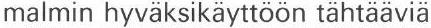
malmin hyväksikäyttöön tähtääviä